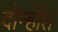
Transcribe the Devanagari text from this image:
दोन्हींत